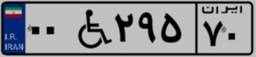
۰۰W۲۹۵۷۰